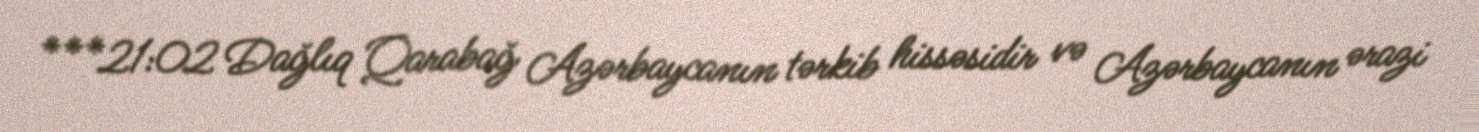
***21:02 Dağlıq Qarabağ Azərbaycanın tərkib hissəsidir və Azərbaycanın ərazi